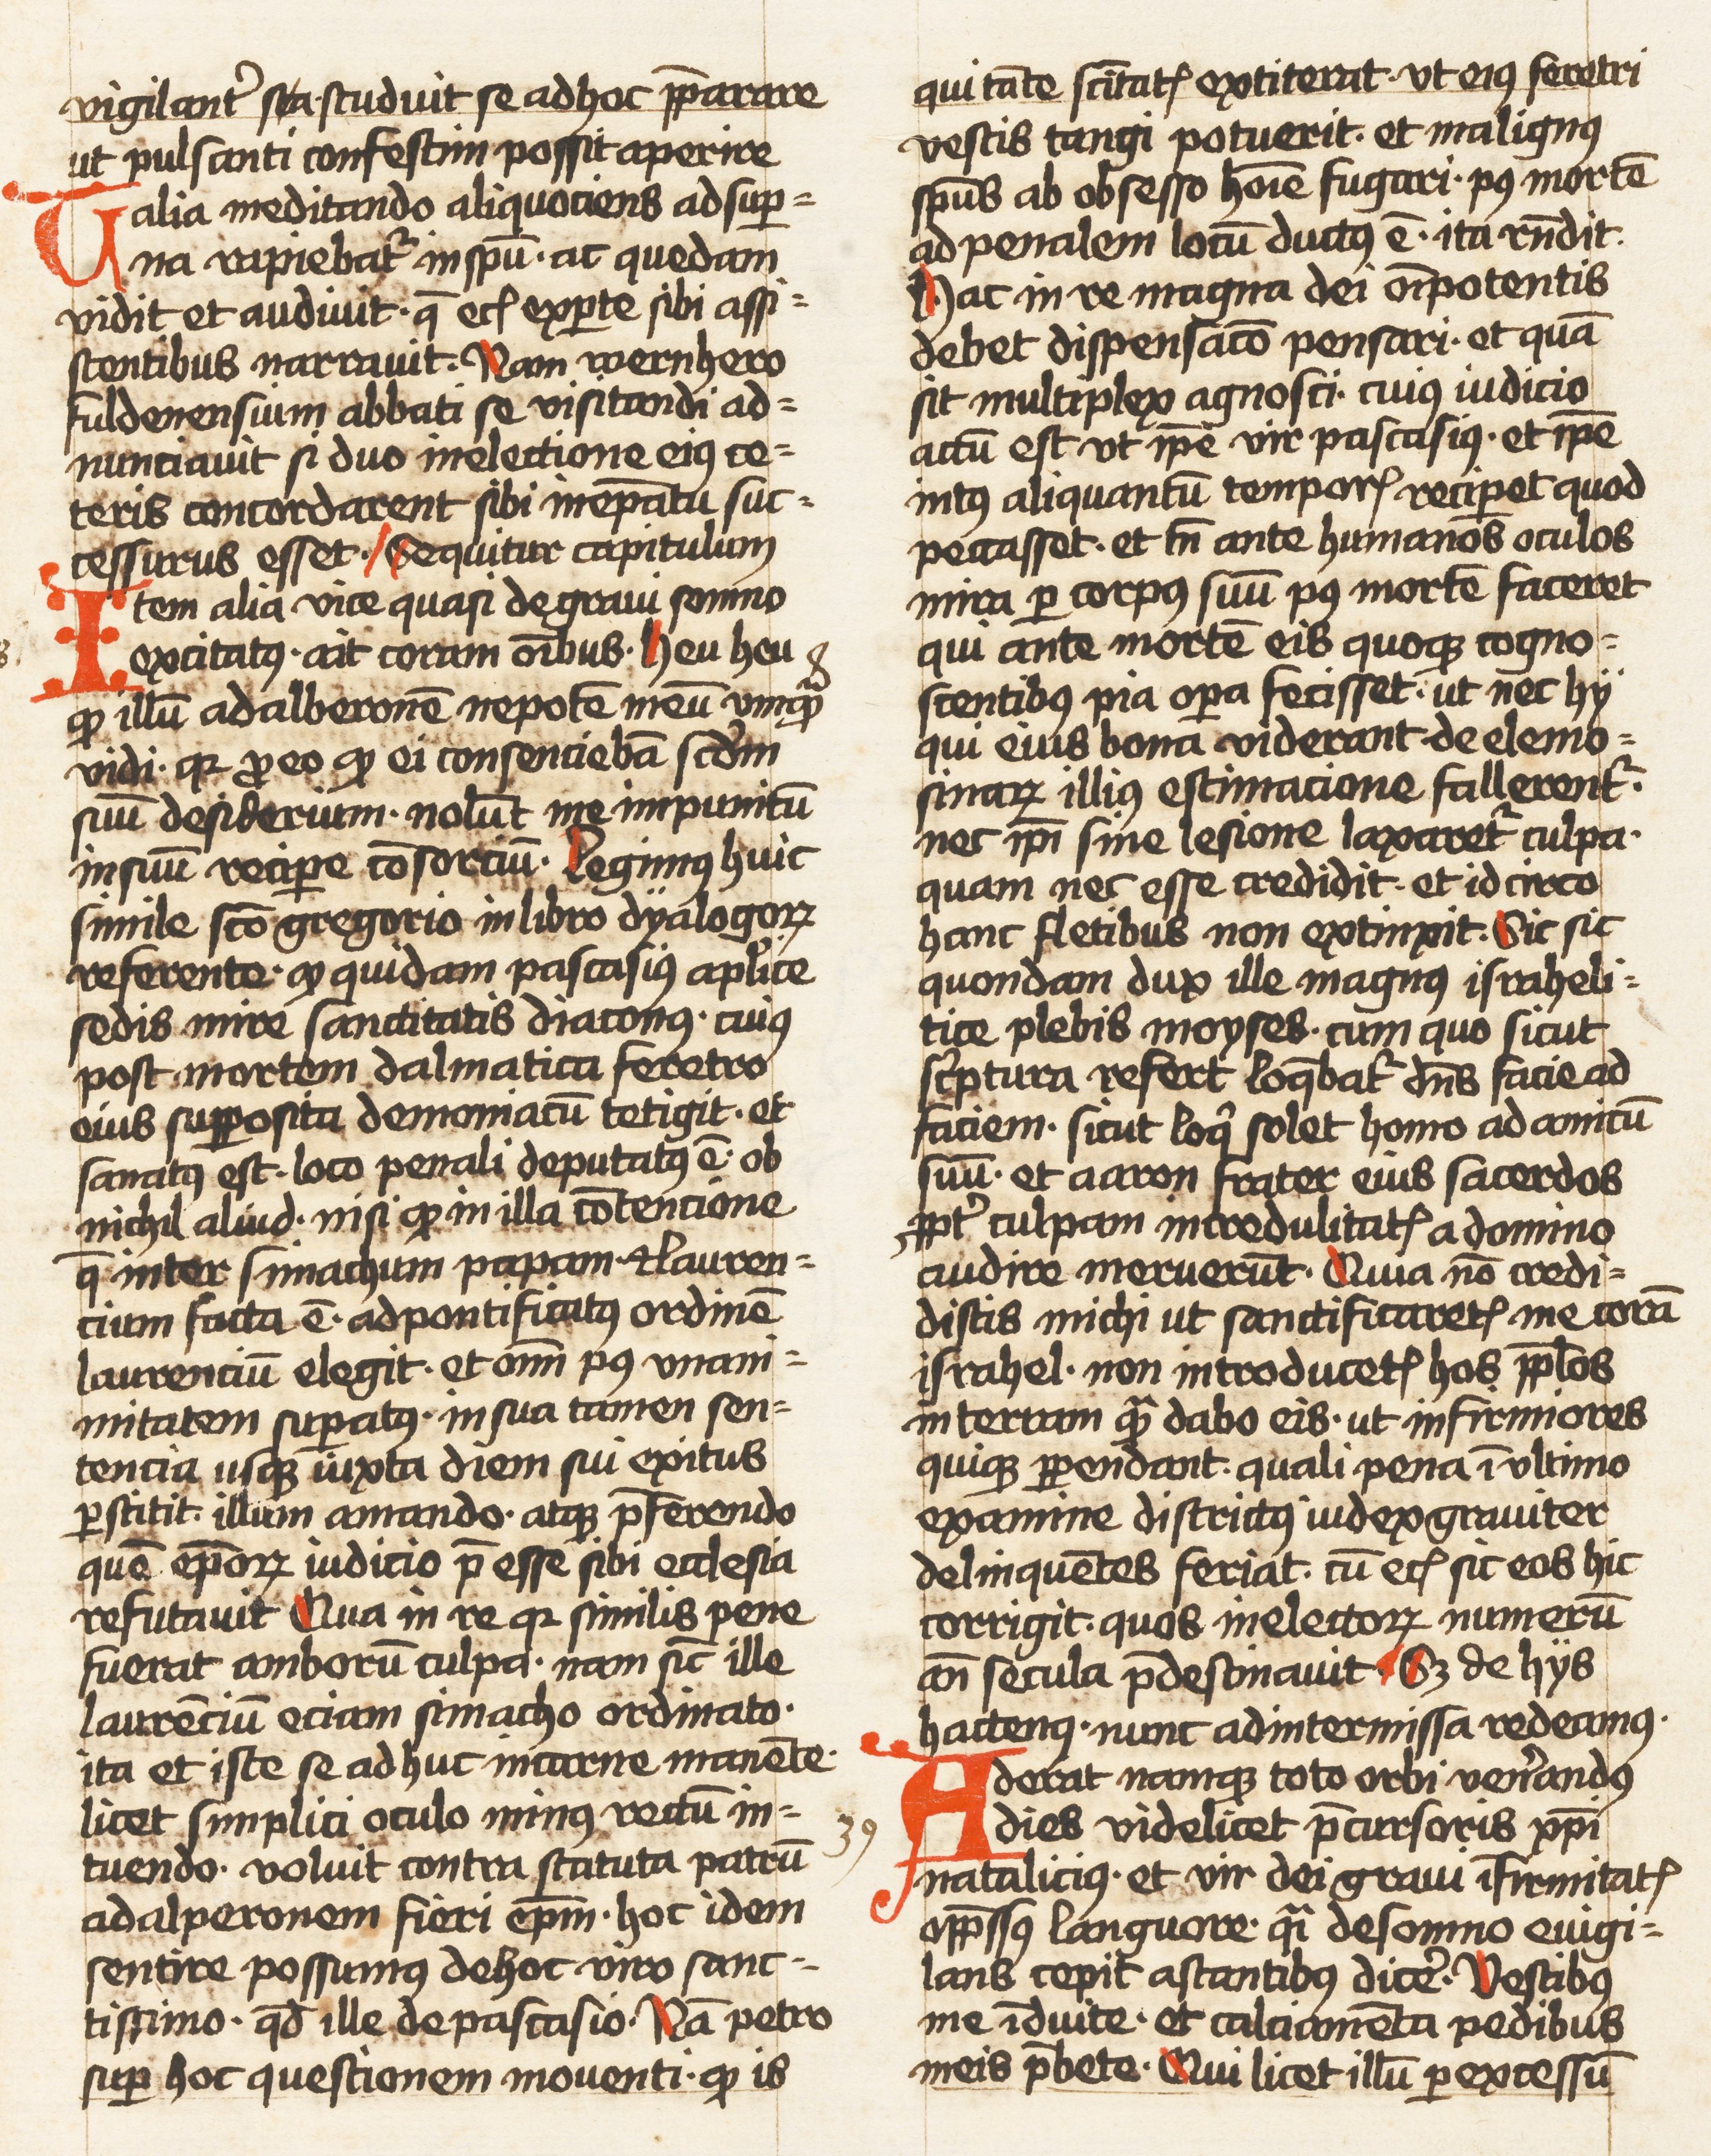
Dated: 1452–1459